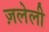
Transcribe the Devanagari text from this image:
ज़लेली